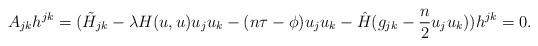
LaTeX: \begin{align*}A_{jk}h^{jk}=({\tilde H}_{jk}-\lambda H(u,u)u_ju_k-(n\tau-\phi)u_ju_k-\hat{H}(g_{jk}-\frac{n}{2}u_j u_k))h^{jk}=0.\end{align*}